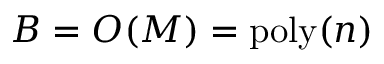
B = { \cal { O } } ( M ) = \mathrm { p o l y } ( n )